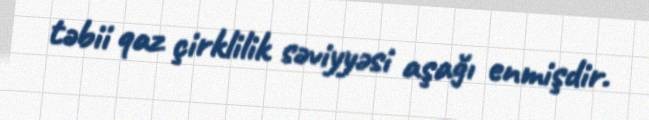
təbii qaz çirklilik səviyyəsi aşağı enmişdir.